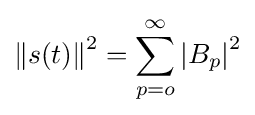
\left\|s(t)\right\|^{2}=\sum _{p=o}^{\infty }\left|B_{p}\right|^{2}